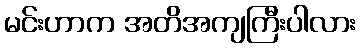
မင်းဟာက အတိအကျကြီးပါလား